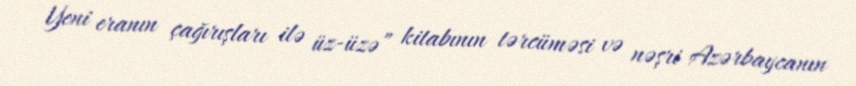
Yeni eranın çağırışları ilə üz-üzə” kitabının tərcüməsi və nəşri Azərbaycanın